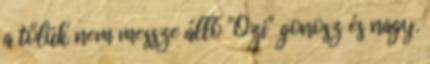
a tőlük nem messze álló "Ozi" gonosz és nagy.